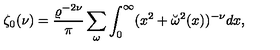
\zeta _ { 0 } ( \nu ) = { \frac { \varrho ^ { - 2 \nu } } { \pi } } \sum _ { \omega } \int _ { 0 } ^ { \infty } ( x ^ { 2 } + \breve { \omega } ^ { 2 } ( x ) ) ^ { - \nu } d x ,